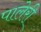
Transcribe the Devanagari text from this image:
पालेरी